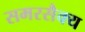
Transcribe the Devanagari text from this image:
समरसैक्य